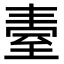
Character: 𦤿